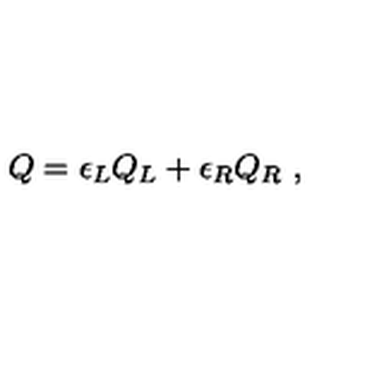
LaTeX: Q = \epsilon _ { L } Q _ { L } + \epsilon _ { R } Q _ { R } \ ,